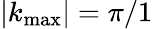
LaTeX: |k_{\operatorname*{max}}|=\pi/1